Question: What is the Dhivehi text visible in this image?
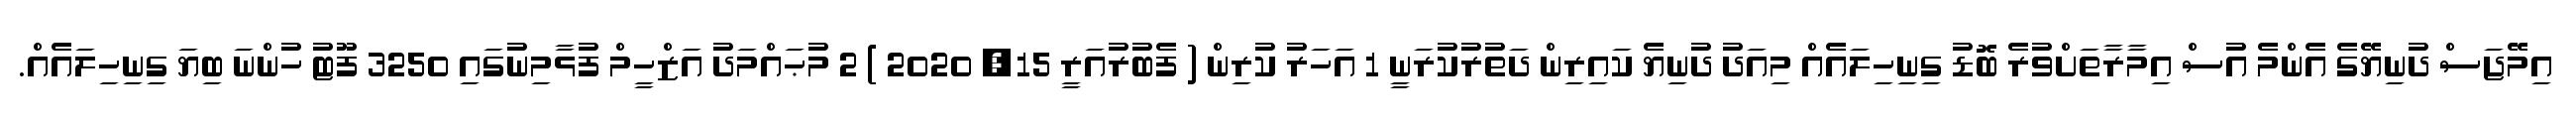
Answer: އިމޭޖަސް ދުނިޔޭގެ އެންމެ އުސް އިމާރާތަށްވުރެ ބޮޑު ގިނިހިލައެއް މިއަދު ދުނިޔެ ކައިރިން ދަތުރުކުރަނީ 1 އަހަރު ކުރިން ( ފެބުރުއަރީ 15, 2020 ) 2 މުޙައްމަދު އަޒްހީމް ފުޅާމިނުގައި 3250 ފޫޓު ހުންނަ ބިޔަ ގިނިހިލައެއް.